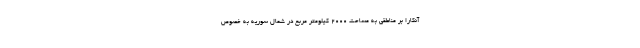
آنکارا بر مناطقی به مساحت ۲۰۰۰ کیلومتر مربع در شمال سوریه به خصوص